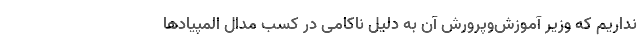
نداریم که وزیر آموزش‌وپرورش آن به دلیل ناکامی در کسب مدال المپیادها